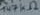
Text: 147kV